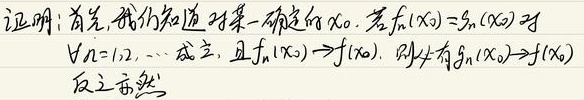
证明：首先，我们知道对某一确定的\(x_0\)，若\(f_n(x_0)=g_n(x_0)\)对\(\forall n = 1,2,\cdots\)成立，且\(f_n(x_0)\to f(x_0)\)，则必有\(g_n(x_0)\to f(x_0)\)。反之亦然。